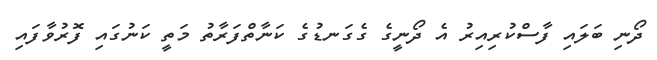
ދޯނި ބަލައި ފާސްކުރިއިރު އެ ދޯނީގެ ގެގަނޑުގެ ކަނާތްފަރާތު މަތީ ކަނުގައި ފޮރުވާފައި